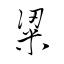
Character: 粱